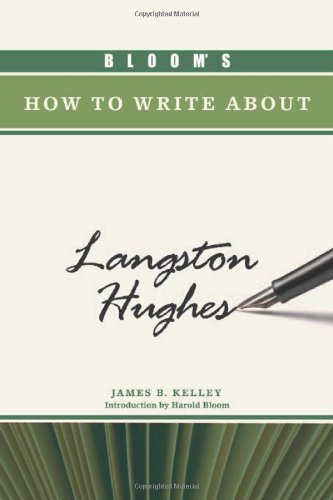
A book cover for Bloom's How to Write about Langston Hughes (Bloom's How to Write about Literature); James B. Kelley; Teen & Young Adult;